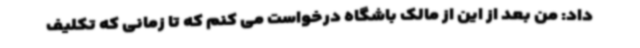
داد: من بعد از این از مالک باشگاه درخواست می کنم که تا زمانی که تکلیف